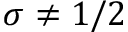
\sigma \ne 1 / 2